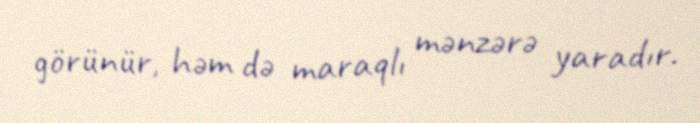
görünür, həm də maraqlı mənzərə yaradır.